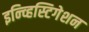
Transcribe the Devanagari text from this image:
इन्व्हिस्टिगेशन